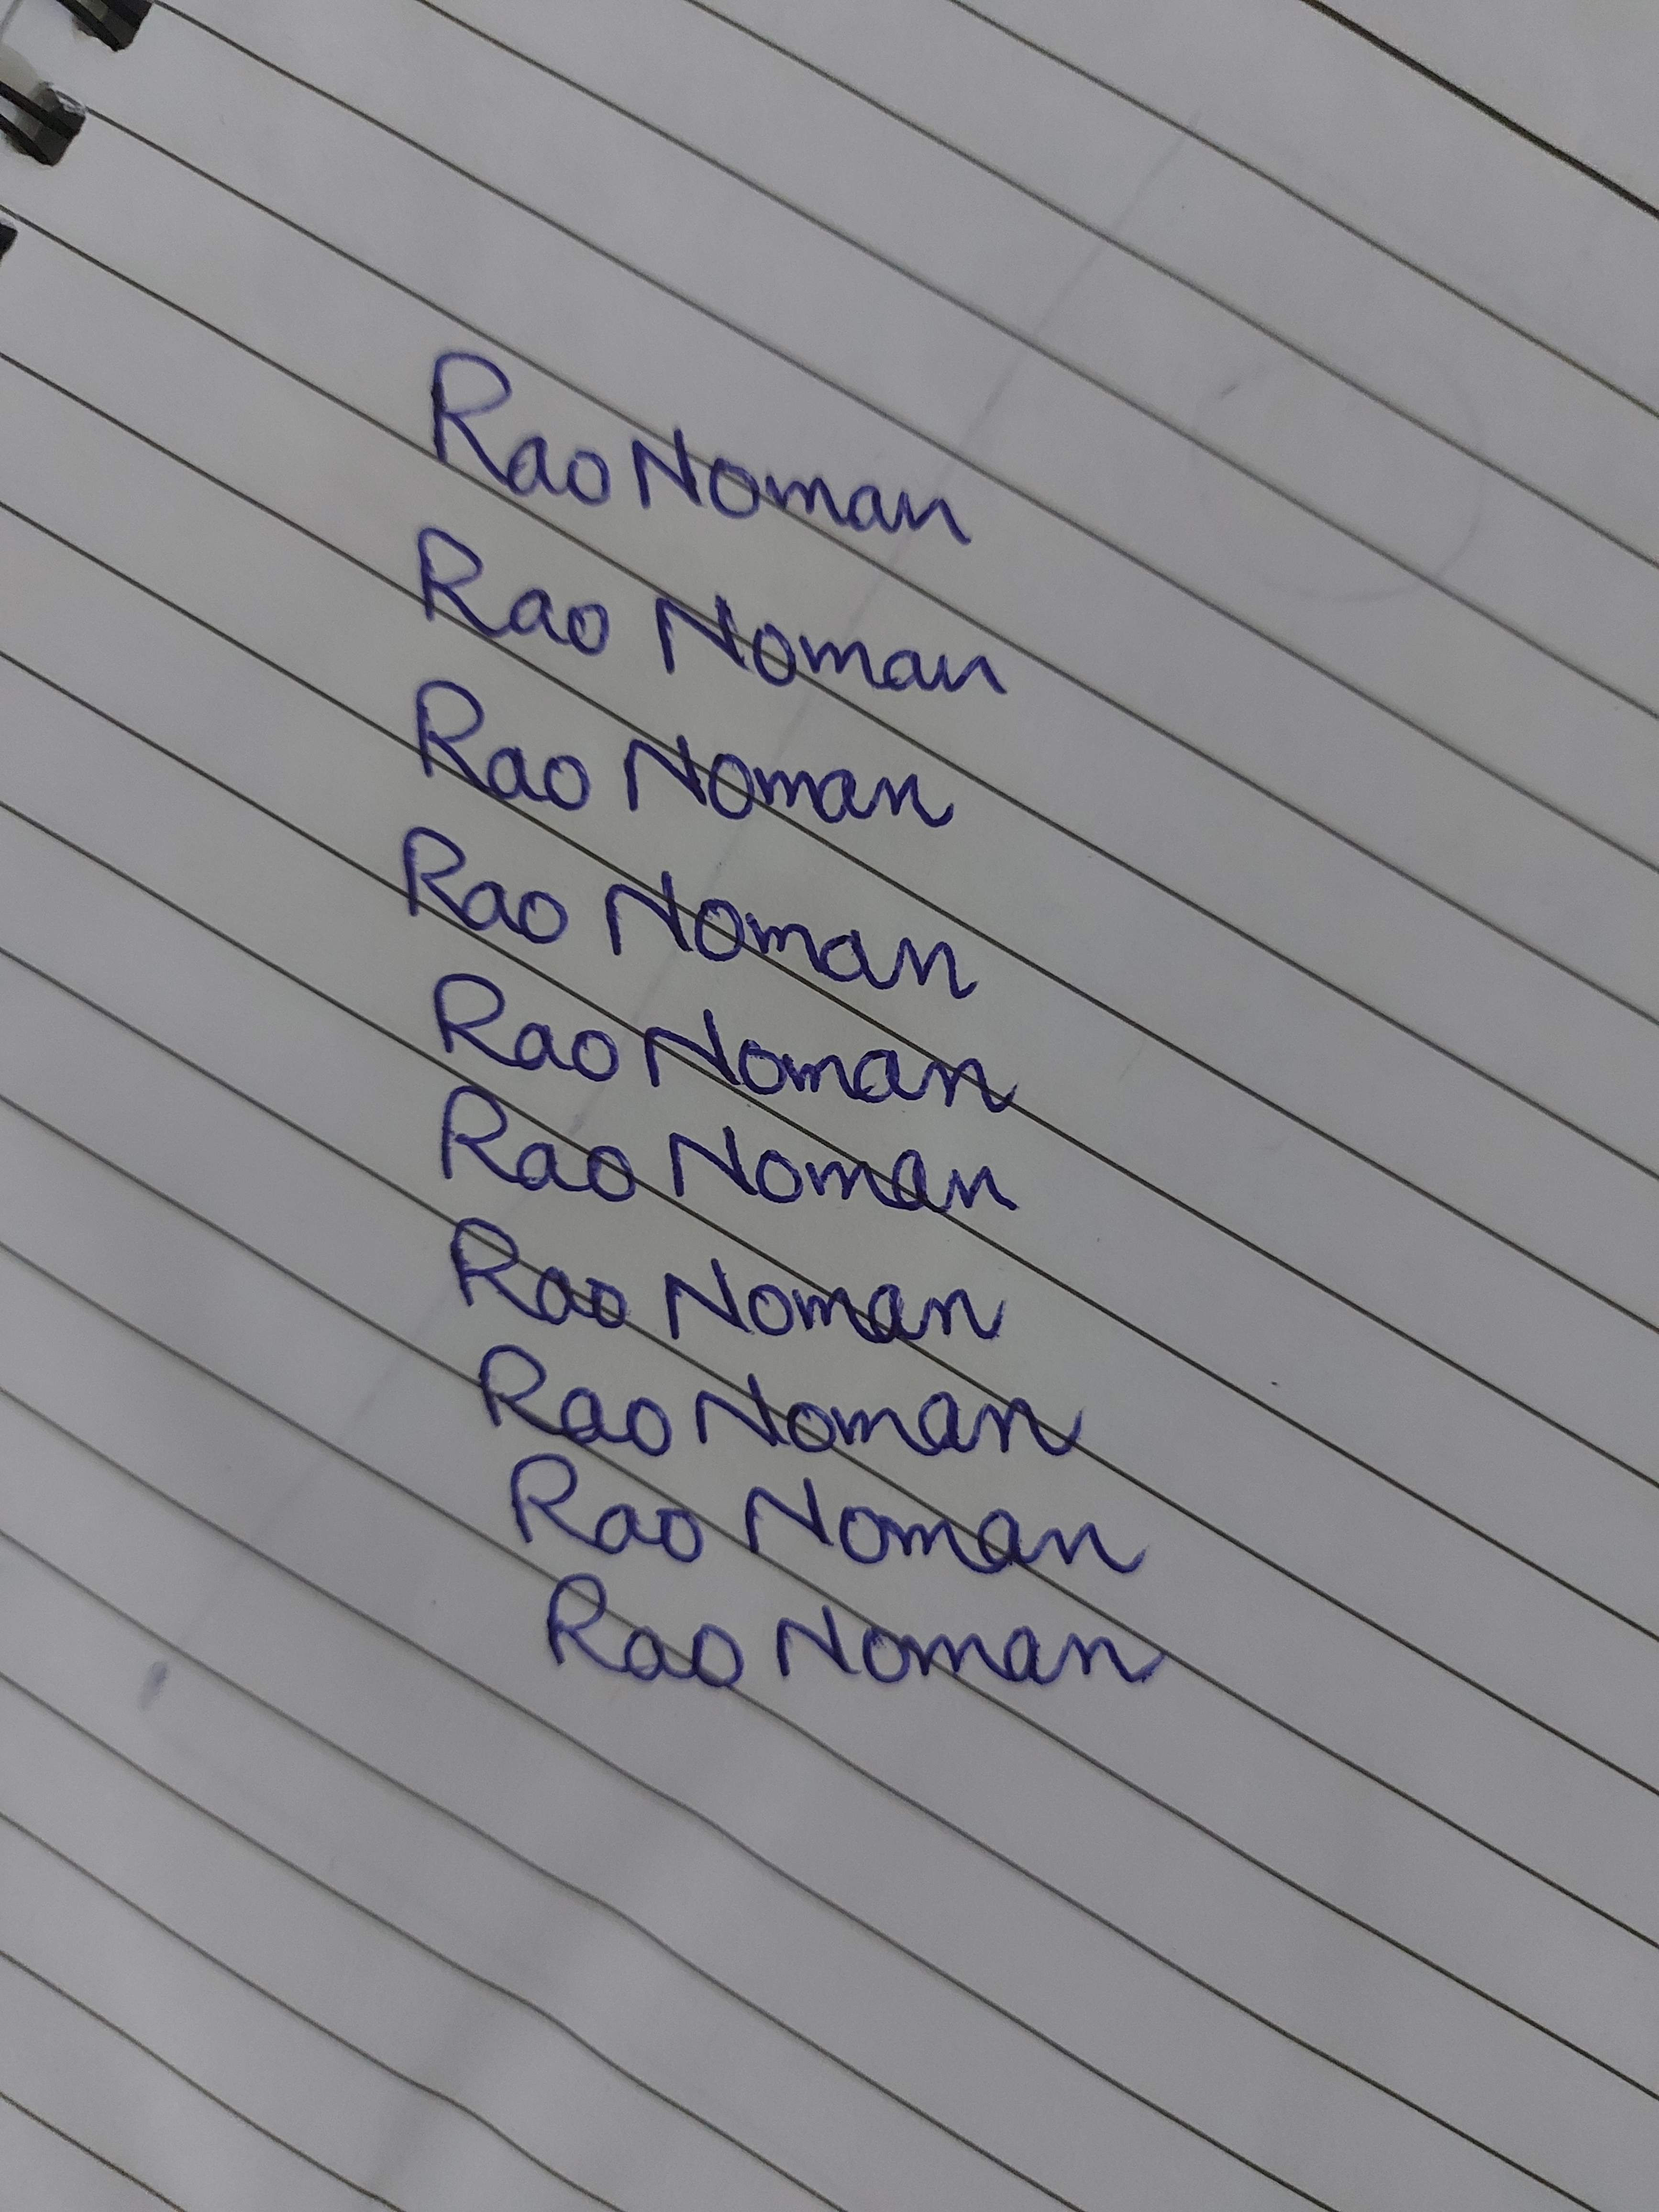
Signature authenticity: genuine